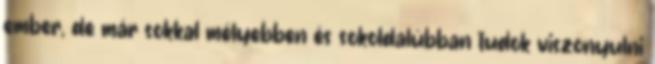
ember, de már sokkal mélyebben és sokoldalúbban tudok viszonyulni